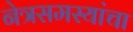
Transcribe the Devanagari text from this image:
नेत्रसमस्यांचा